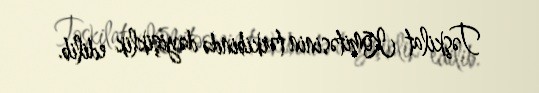
Təşkilat Komitəsinin tərkibində dəyişiklik edilib.